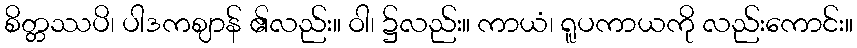
စိတ္တဿပိ၊ ပါဒကဈာန် ၏လည်း။ ဝါ၊ ၌လည်း။ ကာယံ၊ ရူပကာယကို လည်းကောင်း။